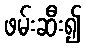
ဖမ်းဆီး၍